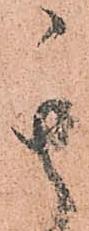
其